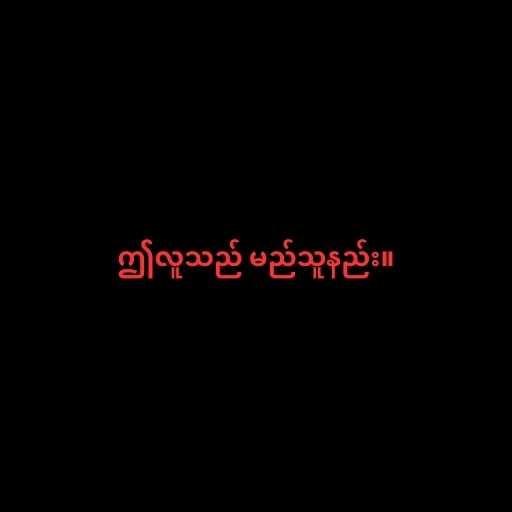
ဤလူသည် မည်သူနည်း။